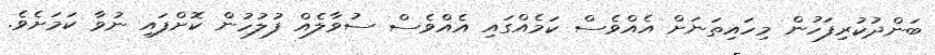
ބަންދުކުރިފަހުން މިހައިތަނަށް އެއްވެސް ކަމެއްގައި އެއްވެސް ސުވާލެއް ފުލުހުން ކޮށްފައި ނުވާ ކަމަށެވެ.